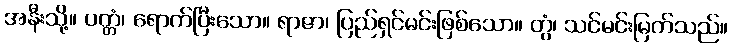
အနီးသို့။ ပတ္တံ၊ ရောက်ပြီးသော။ ရာဇာ၊ ပြည်ရှင်မင်းဖြစ်သော။ တွံ၊ သင်မင်းမြတ်သည်။